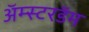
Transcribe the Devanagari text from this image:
अॅम्स्टरडॅम